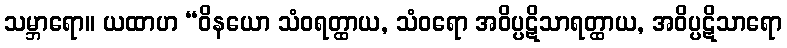
သမ္ဘာရော။ ယထာဟ “ဝိနယော သံဝရတ္ထာယ, သံဝရော အဝိပ္ပဋိသာရတ္ထာယ, အဝိပ္ပဋိသာရော